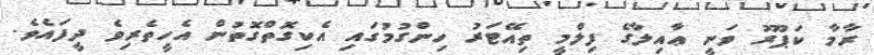
ރާމާ ކަޕޫރު ވަނީ ޢާއިލާގެ ފިލްމީ ތިއޭޓަރު ހިންގުމުގައި އެކިގޮތްގޮތުން އެހީތެރިވެ ދީފައެވެ.